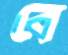
বে